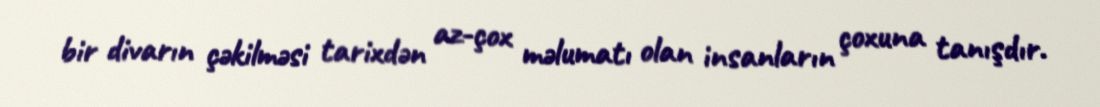
bir divarın çəkilməsi tarixdən az-çox məlumatı olan insanların çoxuna tanışdır.